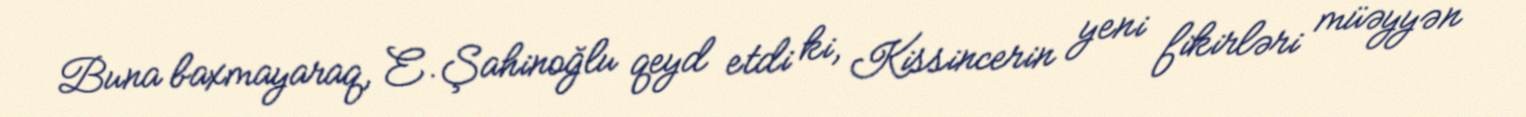
Buna baxmayaraq, E.Şahinoğlu qeyd etdi ki, Kissincerin yeni fikirləri müəyyən